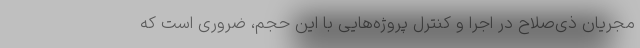
مجریان ذی‌صلاح در اجرا و کنترل پروژه‌هایی با این حجم، ضروری است که